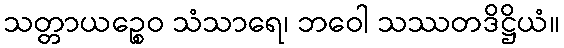
သတ္တာယဉ္စေဝ သံသာရေ၊ ဘဝေါ သဿတဒိဋ္ဌိယံ။